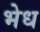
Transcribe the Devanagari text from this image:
भेध